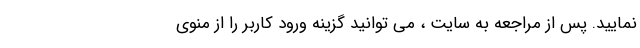
نمایید. پس از مراجعه به سایت ، می توانید گزینه ورود کاربر را از منوی